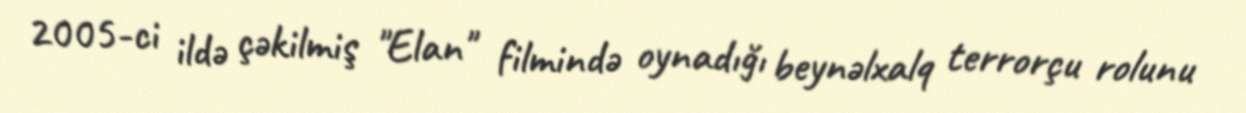
2005-ci ildə çəkilmiş "Elan" filmində oynadığı beynəlxalq terrorçu rolunu